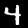
Digit: 4